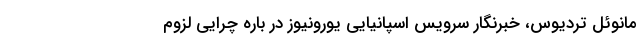
مانوئل تردیوس، خبرنگار سرویس اسپانیایی یورونیوز در باره چرایی لزوم